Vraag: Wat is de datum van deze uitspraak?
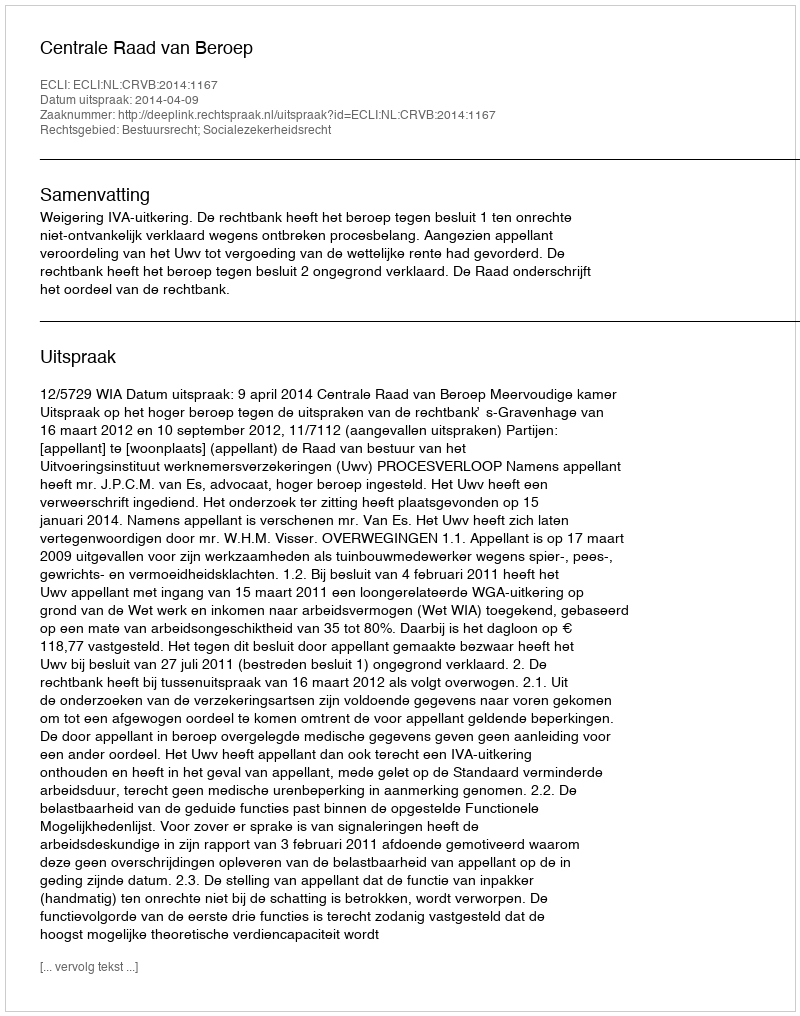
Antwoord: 2014-04-09